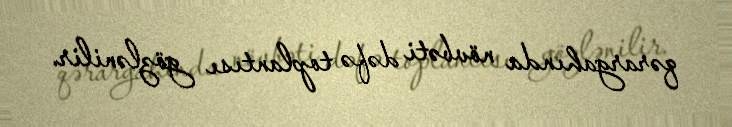
qərargahında növbəti dəfə toplantısı gözlənilir.